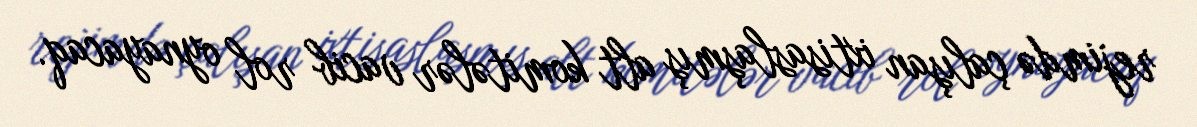
rejimdə çalışan ixtisaslaşmış alt komitələr vacib rol oynayacaq.